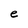
Character: e